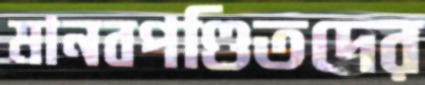
মানবপণ্ডিতদের